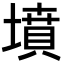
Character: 墳